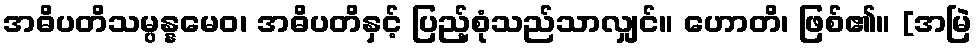
အဓိပတိသမ္ပန္နမေဝ၊ အဓိပတိနှင့် ပြည့်စုံသည်သာလျှင်။ ဟောတိ၊ ဖြစ်၏။ [အမြဲ